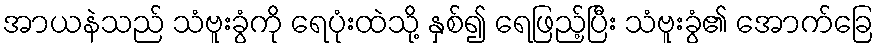
အာယနဲသည် သံဗူးခွံကို ရေပုံးထဲသို့ နှစ်၍ ရေဖြည့်ပြီး သံဗူးခွံ၏ အောက်ခြေ